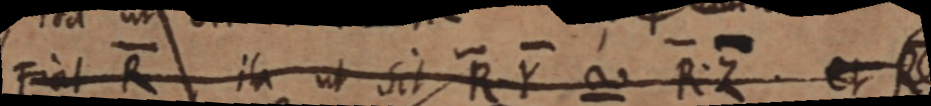
Fiat R, ita ut sit RY ~ RZ et R